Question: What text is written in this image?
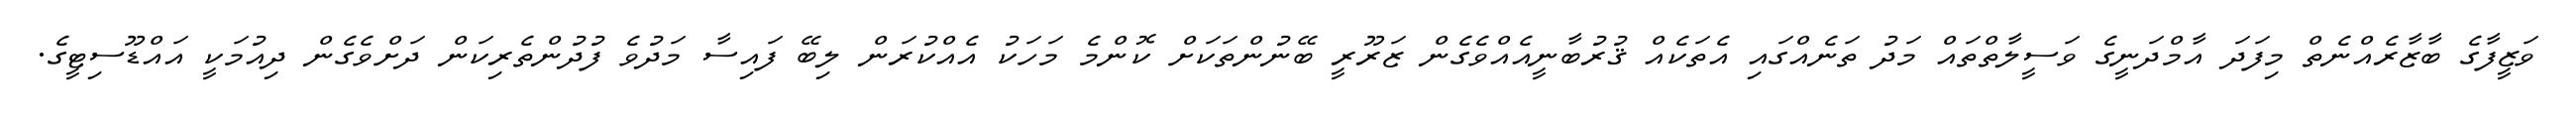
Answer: ވަޒީފާގެ ބާޒާރެއްނެތް މިފަދަ އާމްދަނީގެ ވަސީލާތްތައް މަދު ތަނެއްގައި އެތަކެއް ޤުރުބާނީއެއްވެގެން ޒަރޫރީ ބޭނުންތަކަށް ކޮންމެ މަހަކު އެއްކުރަން ލިބޭ ފައިސާ މަދުވެ ފުދުންތެރިކަން ދަށްވެގެން ދިއުމަކީ އައްޑޫސިޓީގެ.